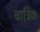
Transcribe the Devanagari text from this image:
चात्रिक